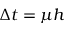
\Delta t = \mu h